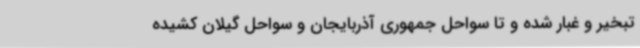
تبخیر و غبار شده و تا سواحل جمهوری آذربایجان و سواحل گیلان کشیده